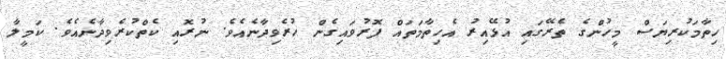
ހިތާމަކުރިޔަސް މީހުންގެ ތެރޭގައި އުޅޭއިރު އެހިތާމަތައް ފޮރުވައިގެން ހުރެވިދާނެއެވެ. ނުރޮއި ކެތްކުރެވިދާނެއެވެ. ކަމީލާ